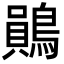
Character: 鶰